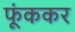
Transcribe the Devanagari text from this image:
फूंककर